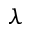
\boldsymbol { \lambda }